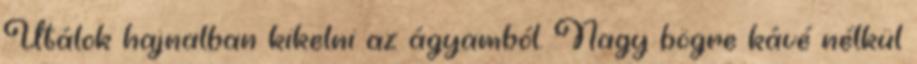
Utálok hajnalban kikelni az ágyamból. Nagy bögre kávé nélkül